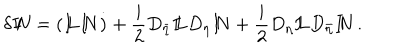
\delta { I \! \! N } = ( { I \! \! L } { I \! \! N } \dot { ) } + \frac { i } { 2 } D _ { \bar { \eta } } { I \! \! L } D _ { \eta } { I \! \! N } + \frac { i } { 2 } D _ { \eta } { I \! \! L } D _ { \bar { \eta } } { I \! \! N } \, .